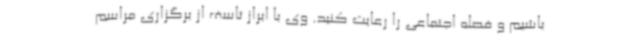
باشیم و فصله اجتماعی را رعایت کنید. وی با ابراز تاسف از برگزاری مراسم